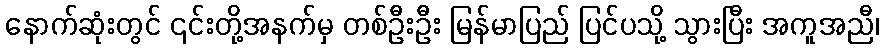
နောက်ဆုံးတွင် ၎င်းတို့အနက်မှ တစ်ဦးဦး မြန်မာပြည် ပြင်ပသို့ သွားပြီး အကူအညီ၊